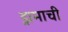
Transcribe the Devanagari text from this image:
ड्रामाची